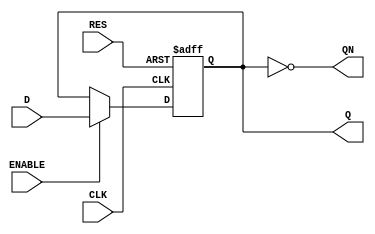
module DFFR_6B_3(D, CLK, RES, ENABLE, Q, QN);

	 parameter BW = 6;

	 input  [BW-1:0] D;
	 input CLK, RES, ENABLE;
	 output  [BW-1:0] QN,Q;
	 reg  [BW-1:0] Q;

	 always @(posedge CLK or posedge RES) begin
		if( RES == 1'b1) begin
			Q <= 0;
	 end
	 else begin 
	 if(ENABLE == 1'b1)begin
			Q <= D;
	 end
	 end
	 end
	 
	 assign QN = ~Q;
	 
endmodule